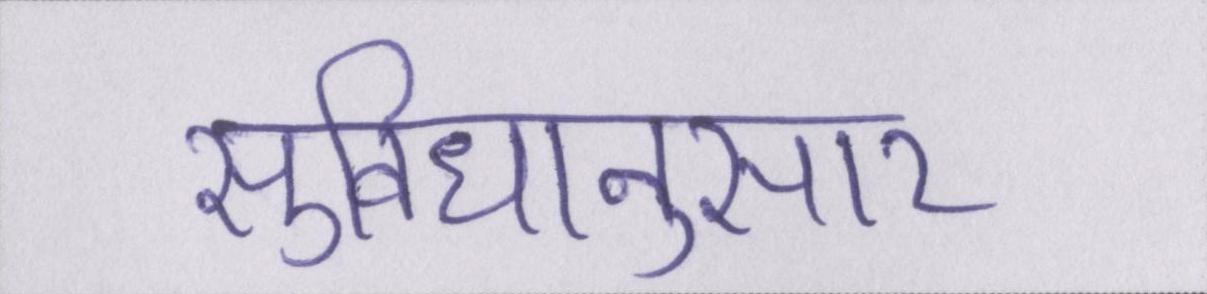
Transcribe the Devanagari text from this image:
सुविधानुसार